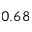
0 . 6 8